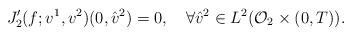
LaTeX: \begin{align*}J'_2(f;v^1,v^2)(0,\hat{v}^2) = 0,\ \ \ \forall \hat{v}^2 \in L^2(\mathcal{O}_2 \times (0,T)).\end{align*}